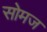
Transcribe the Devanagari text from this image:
सोमज